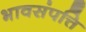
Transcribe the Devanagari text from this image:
भावसंपत्ति